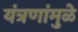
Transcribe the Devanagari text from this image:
यंत्रणांमुळे